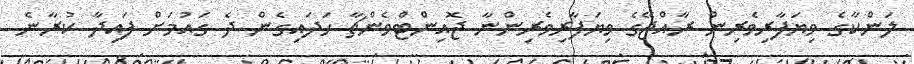
ލަންކާގެ ވިޔަފާރިވެރިން ރާއްޖޭގެ ވިޔަފާރިވެރިންނާ ޖޮއިންޓްވެންޗާ ހަދައިގެން ދެ ގައުމަށް ފައިދާ ކުރާނެ